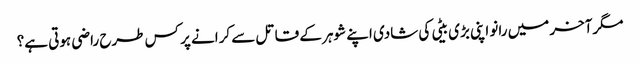
مگرآخر میں رانو اپنی بڑی بیٹی کی شادی اپنے شوہر کے قاتل سے کرانے پر کس طرح راضی ہوتی ہے؟